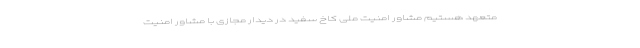
متعهد هستیم مشاور امنیت ملی کاخ سفید در دیدار مجازی با مشاور امنیت